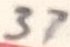
Text: 37